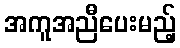
အကူအညီပေးမည့်